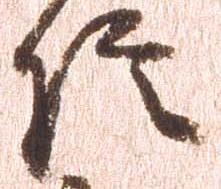
信